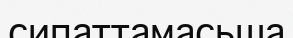
сипаттамасьша